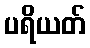
ပရိယတ်